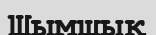
Шымшық